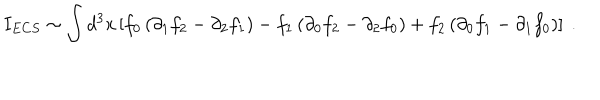
LaTeX: I _ { E C S } \sim \int d ^ { 3 } x \left[ f _ { 0 } \left( \partial _ { 1 } f _ { 2 } - \partial _ { 2 } f _ { 1 } \right) - f _ { 1 } \left( \partial _ { 0 } f _ { 2 } - \partial _ { 2 } f _ { 0 } \right) + f _ { 2 } \left( \partial _ { 0 } f _ { 1 } - \partial _ { 1 } f _ { 0 } \right) \right] \ .